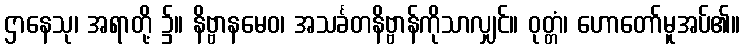
ဌာနေသု၊ အရာတို့ ၌။ နိဗ္ဗာနမေဝ၊ အသင်္ခတနိဗ္ဗာန်ကိုသာလျှင်။ ဝုတ္တံ၊ ဟောတော်မူအပ်၏။